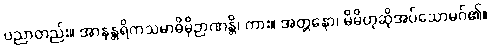
ပညာတည်း။ အာနန္တရိကသမာဓိမှိဉာဏန္တိ၊ ကား။ အတ္တနော၊ မိမိဟုဆိုအပ်သောမဂ်၏။